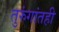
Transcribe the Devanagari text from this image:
तुरुंगांतही